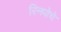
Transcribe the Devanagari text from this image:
रिनपोचे